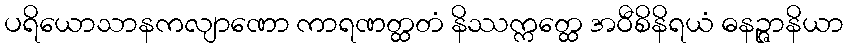
ပရိယောသာနကလျာဏော ကာရဏတ္ထတံ နိဿက္ကတ္ထေ အဝီစိနိရယံ ဓနဉ္ဇာနိယာ